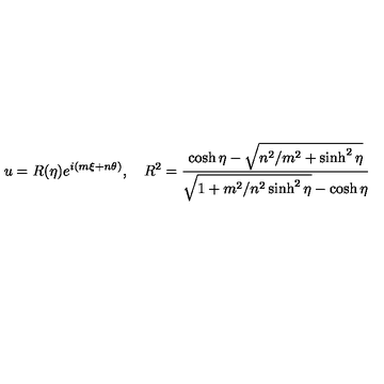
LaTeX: u = R ( \eta ) e ^ { i ( m \xi + n \theta ) } , \quad R ^ { 2 } = { \frac { \cosh \eta - \sqrt { n ^ { 2 } / m ^ { 2 } + \sinh ^ { 2 } \eta } } { \sqrt { 1 + m ^ { 2 } / n ^ { 2 } \sinh ^ { 2 } \eta } - \cosh \eta } }